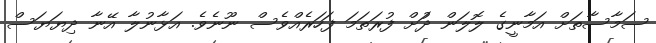
ސަމާސާތަށް އަމާނީގެ ލޮލަން ދުަށް ފުރަތަމަ ފަހަރެއްވެސް ނޫނެވެ. އަޅާނުލާ އޭނާ ދިޔަޔަސް